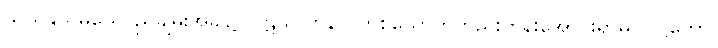
သယနှသမယေ၊ ညချမ်းအခါ၌။ ပဋိသလ္လာနာ၊ တစ်ယောက်တည်းကိန်းအောင်းရာမှ။ ဝုဋ္ဌိတော၊